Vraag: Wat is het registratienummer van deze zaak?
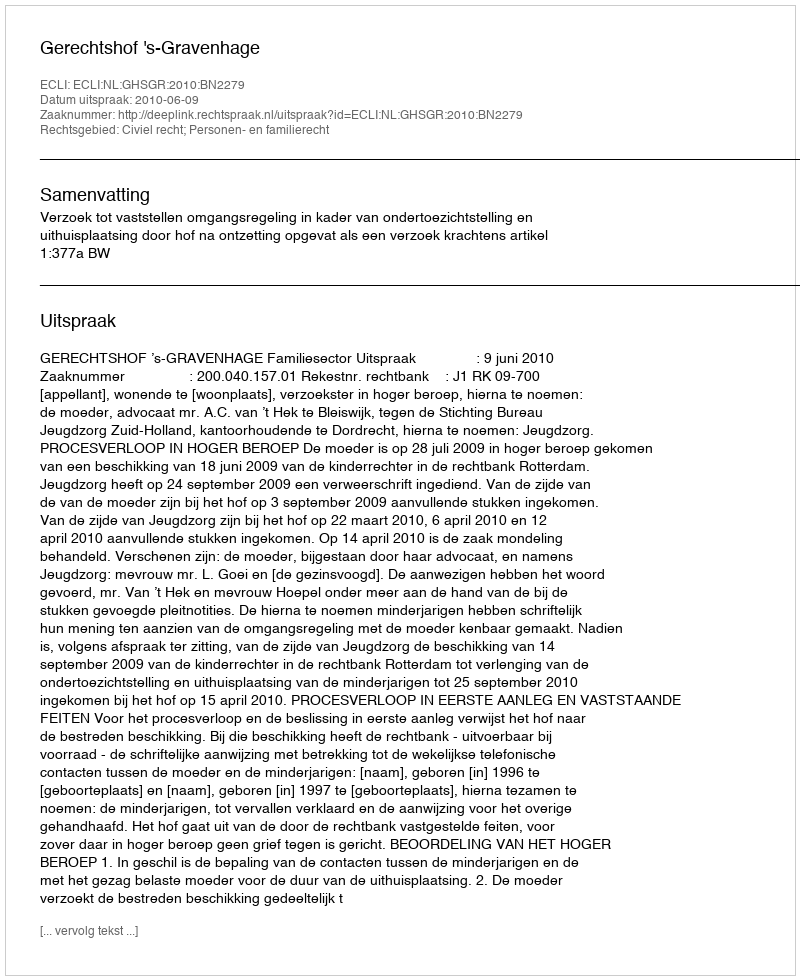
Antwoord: http://deeplink.rechtspraak.nl/uitspraak?id=ECLI:NL:GHSGR:2010:BN2279